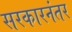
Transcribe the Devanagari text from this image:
सरकारनंतर